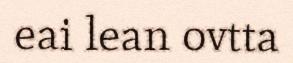
eai lean ovtta